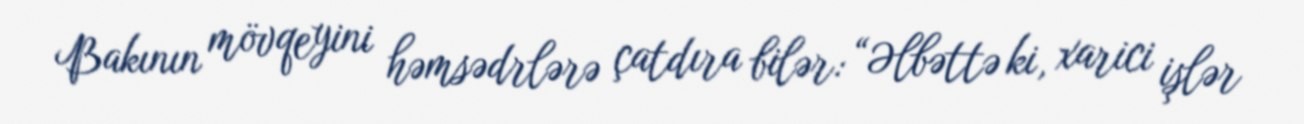
Bakının mövqeyini həmsədrlərə çatdıra bilər: “Əlbəttə ki, xarici işlər